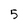
Character: 5